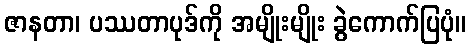
ဇာနတာ၊ ပဿတာပုဒ်ကို အမျိုးမျိုး ခွဲကောက်ပြပုံ။